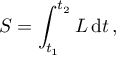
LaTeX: S = \int _ { t _ { 1 } } ^ { t _ { 2 } } L \, \mathrm { d } t \, ,